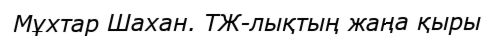
Мұхтар Шахан. ТЖ-лықтың жаңа қыры